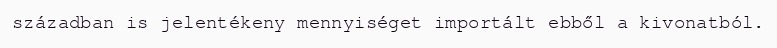
században is jelentékeny mennyiséget importált ebből a kivonatból.